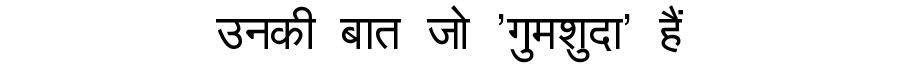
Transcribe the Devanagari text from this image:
उनकी बात जो 'गुमशुदा' हैं